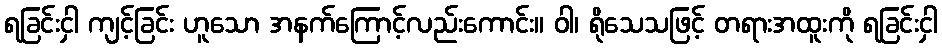
ရခြင်းငှါ ကျင့်ခြင်း ဟူသော အနက်ကြောင့်လည်းကောင်း။ ဝါ၊ ရိုသေသဖြင့် တရားအထူးကို ရခြင်းငှါ